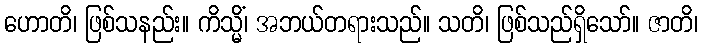
ဟောတိ၊ ဖြစ်သနည်း။ ကိသ္မိံ၊ အဘယ်တရားသည်။ သတိ၊ ဖြစ်သည်ရှိသော်။ ဇာတိ၊